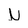
Character: N